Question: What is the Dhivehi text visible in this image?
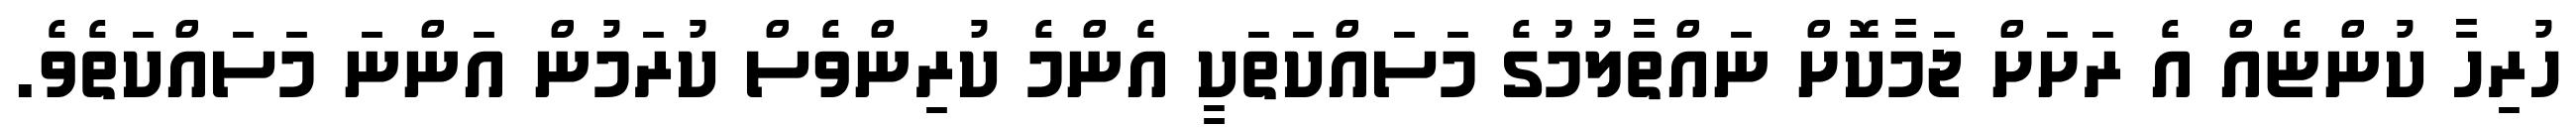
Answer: ހުރިހާ ކުންޏެއް އެ ރަށަށް ޖަމާކޮށް ނައްތާލުމުުގެ މަސައްކަތަކީ އެންމެ ކުރިންވެސް ކުރަމުން އަންނަ މަސައްކަތެވެ.